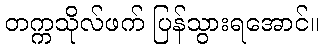
တက္ကသိုလ်ဖက် ပြန်သွားရအောင်။